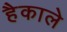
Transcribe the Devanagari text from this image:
हैकाले